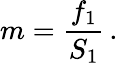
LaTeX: m={\frac{f_{1}}{S_{1}}}\, .